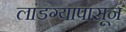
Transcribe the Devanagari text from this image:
लांडग्यापासून